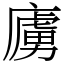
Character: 㢚